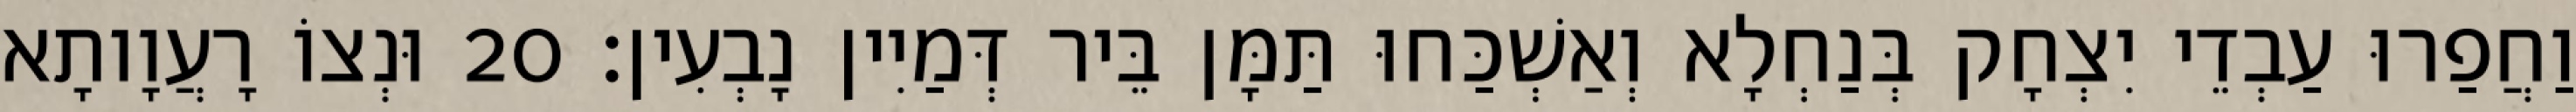
וַחֲפַרוּ עַבְדֵי יִצְחָק בְּנַחְלָא וְאַשְׁכַּחוּ תַּמָּן בֵּיר דְּמַיִין נָבְעִין׃ 20 וּנְצוֹ רָעֲוָותָא